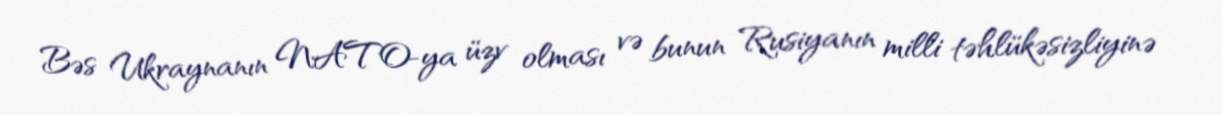
Bəs Ukraynanın NATO-ya üzv olması və bunun Rusiyanın milli təhlükəsizliyinə